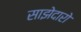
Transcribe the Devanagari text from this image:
साझेदारो